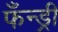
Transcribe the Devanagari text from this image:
फँन्ड्री